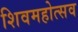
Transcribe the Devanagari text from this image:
शिवमहोत्सव